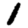
Digit: 1